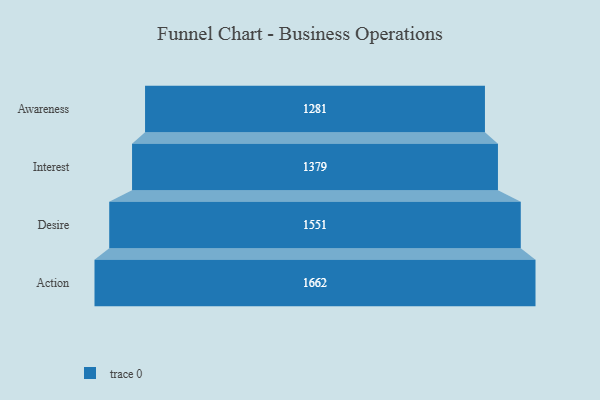
{"axis": {"x": "Stage", "y": "Value"}, "legend": [""], "data": [{"x": "Awareness", "y": 1281.0, "type": ""}, {"x": "Interest", "y": 1379.0, "type": ""}, {"x": "Desire", "y": 1551.0, "type": ""}, {"x": "Action", "y": 1662.0, "type": ""}]}